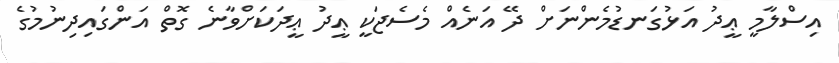
އިސްލާމީ ޢީދު އަޅުގަނޑުމެންނަށް ދޭ އަނެއް މެސެޖަކީ ޢީދު ޢީދަކަށްވާނެ ގޮތް އަންގައިދިނުމުގެ